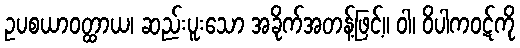
ဥပစယာဝတ္ထာယ၊ ဆည်းပူးသော အခိုက်အတန့်ဖြင့်။ ဝါ၊ ဝိပါကဝဋ်ကို